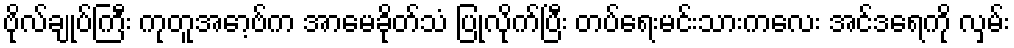
ဗိုလ်ချုပ်ကြီး ကုတူအော့ဗ်က အာမေခိုတ်သံ ပြုလိုက်ပြီး တပ်ရေးမင်းသားကလေး အင်ဒရေကို လှမ်း